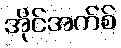
အိုင်အက်စ်